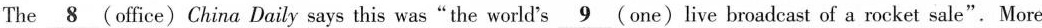
The_\underline{8} office)China Daily says this was"the world's\underline{9} (one)live broadcast of a rocket sale". More